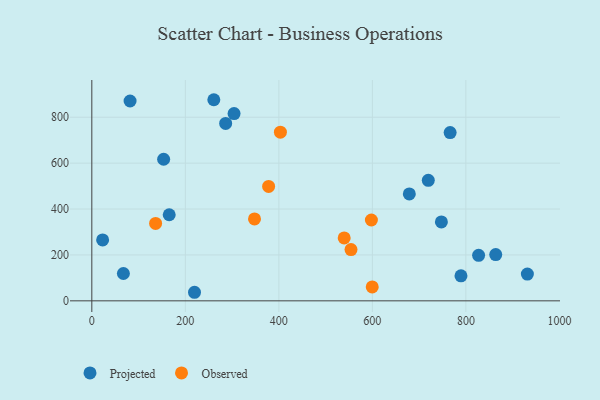
{"axis": {"x": "Price", "y": "Profit"}, "legend": ["Observed", "Projected"], "data": [{"x": "23.1", "y": 265.5, "type": "Projected"}, {"x": "766.3", "y": 733.0, "type": "Projected"}, {"x": "719.6", "y": 524.9, "type": "Projected"}, {"x": "165.5", "y": 375.2, "type": "Projected"}, {"x": "931.5", "y": 116.4, "type": "Projected"}, {"x": "67.5", "y": 119.0, "type": "Projected"}, {"x": "286.2", "y": 773.2, "type": "Projected"}, {"x": "679.0", "y": 466.0, "type": "Projected"}, {"x": "153.6", "y": 616.9, "type": "Projected"}, {"x": "219.6", "y": 37.3, "type": "Projected"}, {"x": "304.2", "y": 815.9, "type": "Projected"}, {"x": "81.8", "y": 870.8, "type": "Projected"}, {"x": "863.8", "y": 201.5, "type": "Projected"}, {"x": "747.6", "y": 344.0, "type": "Projected"}, {"x": "260.9", "y": 876.3, "type": "Projected"}, {"x": "827.2", "y": 198.4, "type": "Projected"}, {"x": "789.5", "y": 108.9, "type": "Projected"}, {"x": "347.9", "y": 356.9, "type": "Observed"}, {"x": "136.4", "y": 337.4, "type": "Observed"}, {"x": "539.7", "y": 274.1, "type": "Observed"}, {"x": "403.3", "y": 734.9, "type": "Observed"}, {"x": "378.1", "y": 498.4, "type": "Observed"}, {"x": "599.7", "y": 60.6, "type": "Observed"}, {"x": "597.9", "y": 352.2, "type": "Observed"}, {"x": "554.3", "y": 223.3, "type": "Observed"}]}